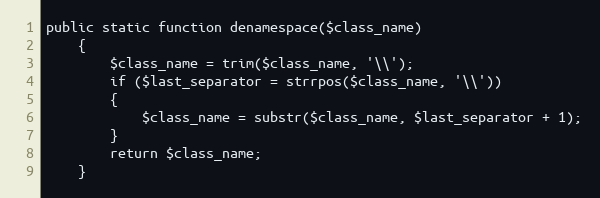
Language: PHP
public static function denamespace($class_name)
	{
		$class_name = trim($class_name, '\\');
		if ($last_separator = strrpos($class_name, '\\'))
		{
			$class_name = substr($class_name, $last_separator + 1);
		}
		return $class_name;
	}